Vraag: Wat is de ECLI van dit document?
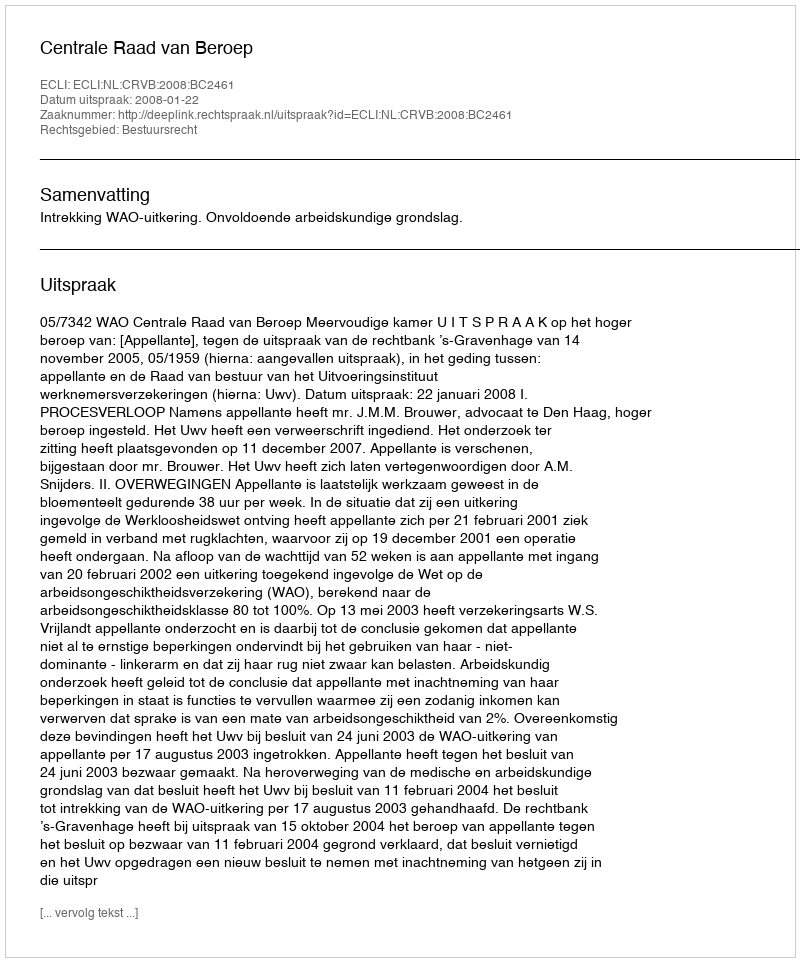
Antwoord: ECLI:NL:CRVB:2008:BC2461